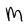
Character: M